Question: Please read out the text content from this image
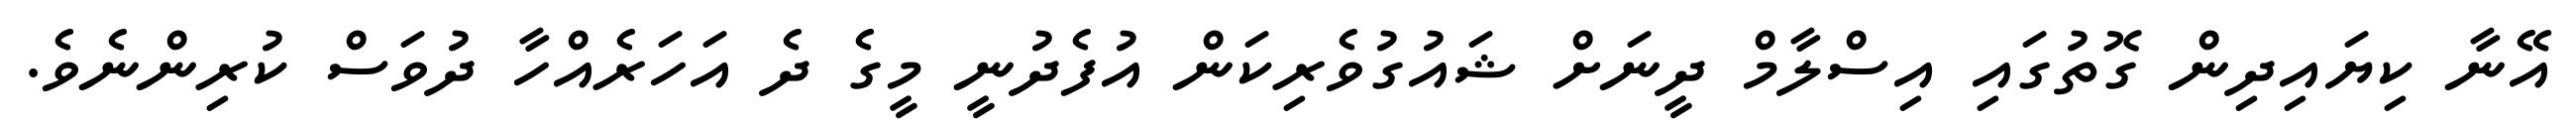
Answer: އޭނާ ކިޔައިދިން ގޮތުގައި އިސްލާމް ދީނަށް ޝައުގުވެރިކަން އުފެދުނީ މީގެ ދެ އަހަރެއްހާ ދުވަސް ކުރިންނެވެ.